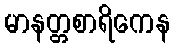
မာနတ္တစာရိကေန